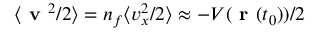
\langle \textbf { v } ^ { 2 } / 2 \rangle = n _ { f } \langle v _ { x } ^ { 2 } / 2 \rangle \approx - V ( \textbf { r } ( t _ { 0 } ) ) / 2